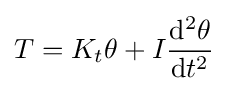
T=K_{t}\theta +I{\mathrm {d} ^{2}\theta  \over \mathrm {d} t^{2}}